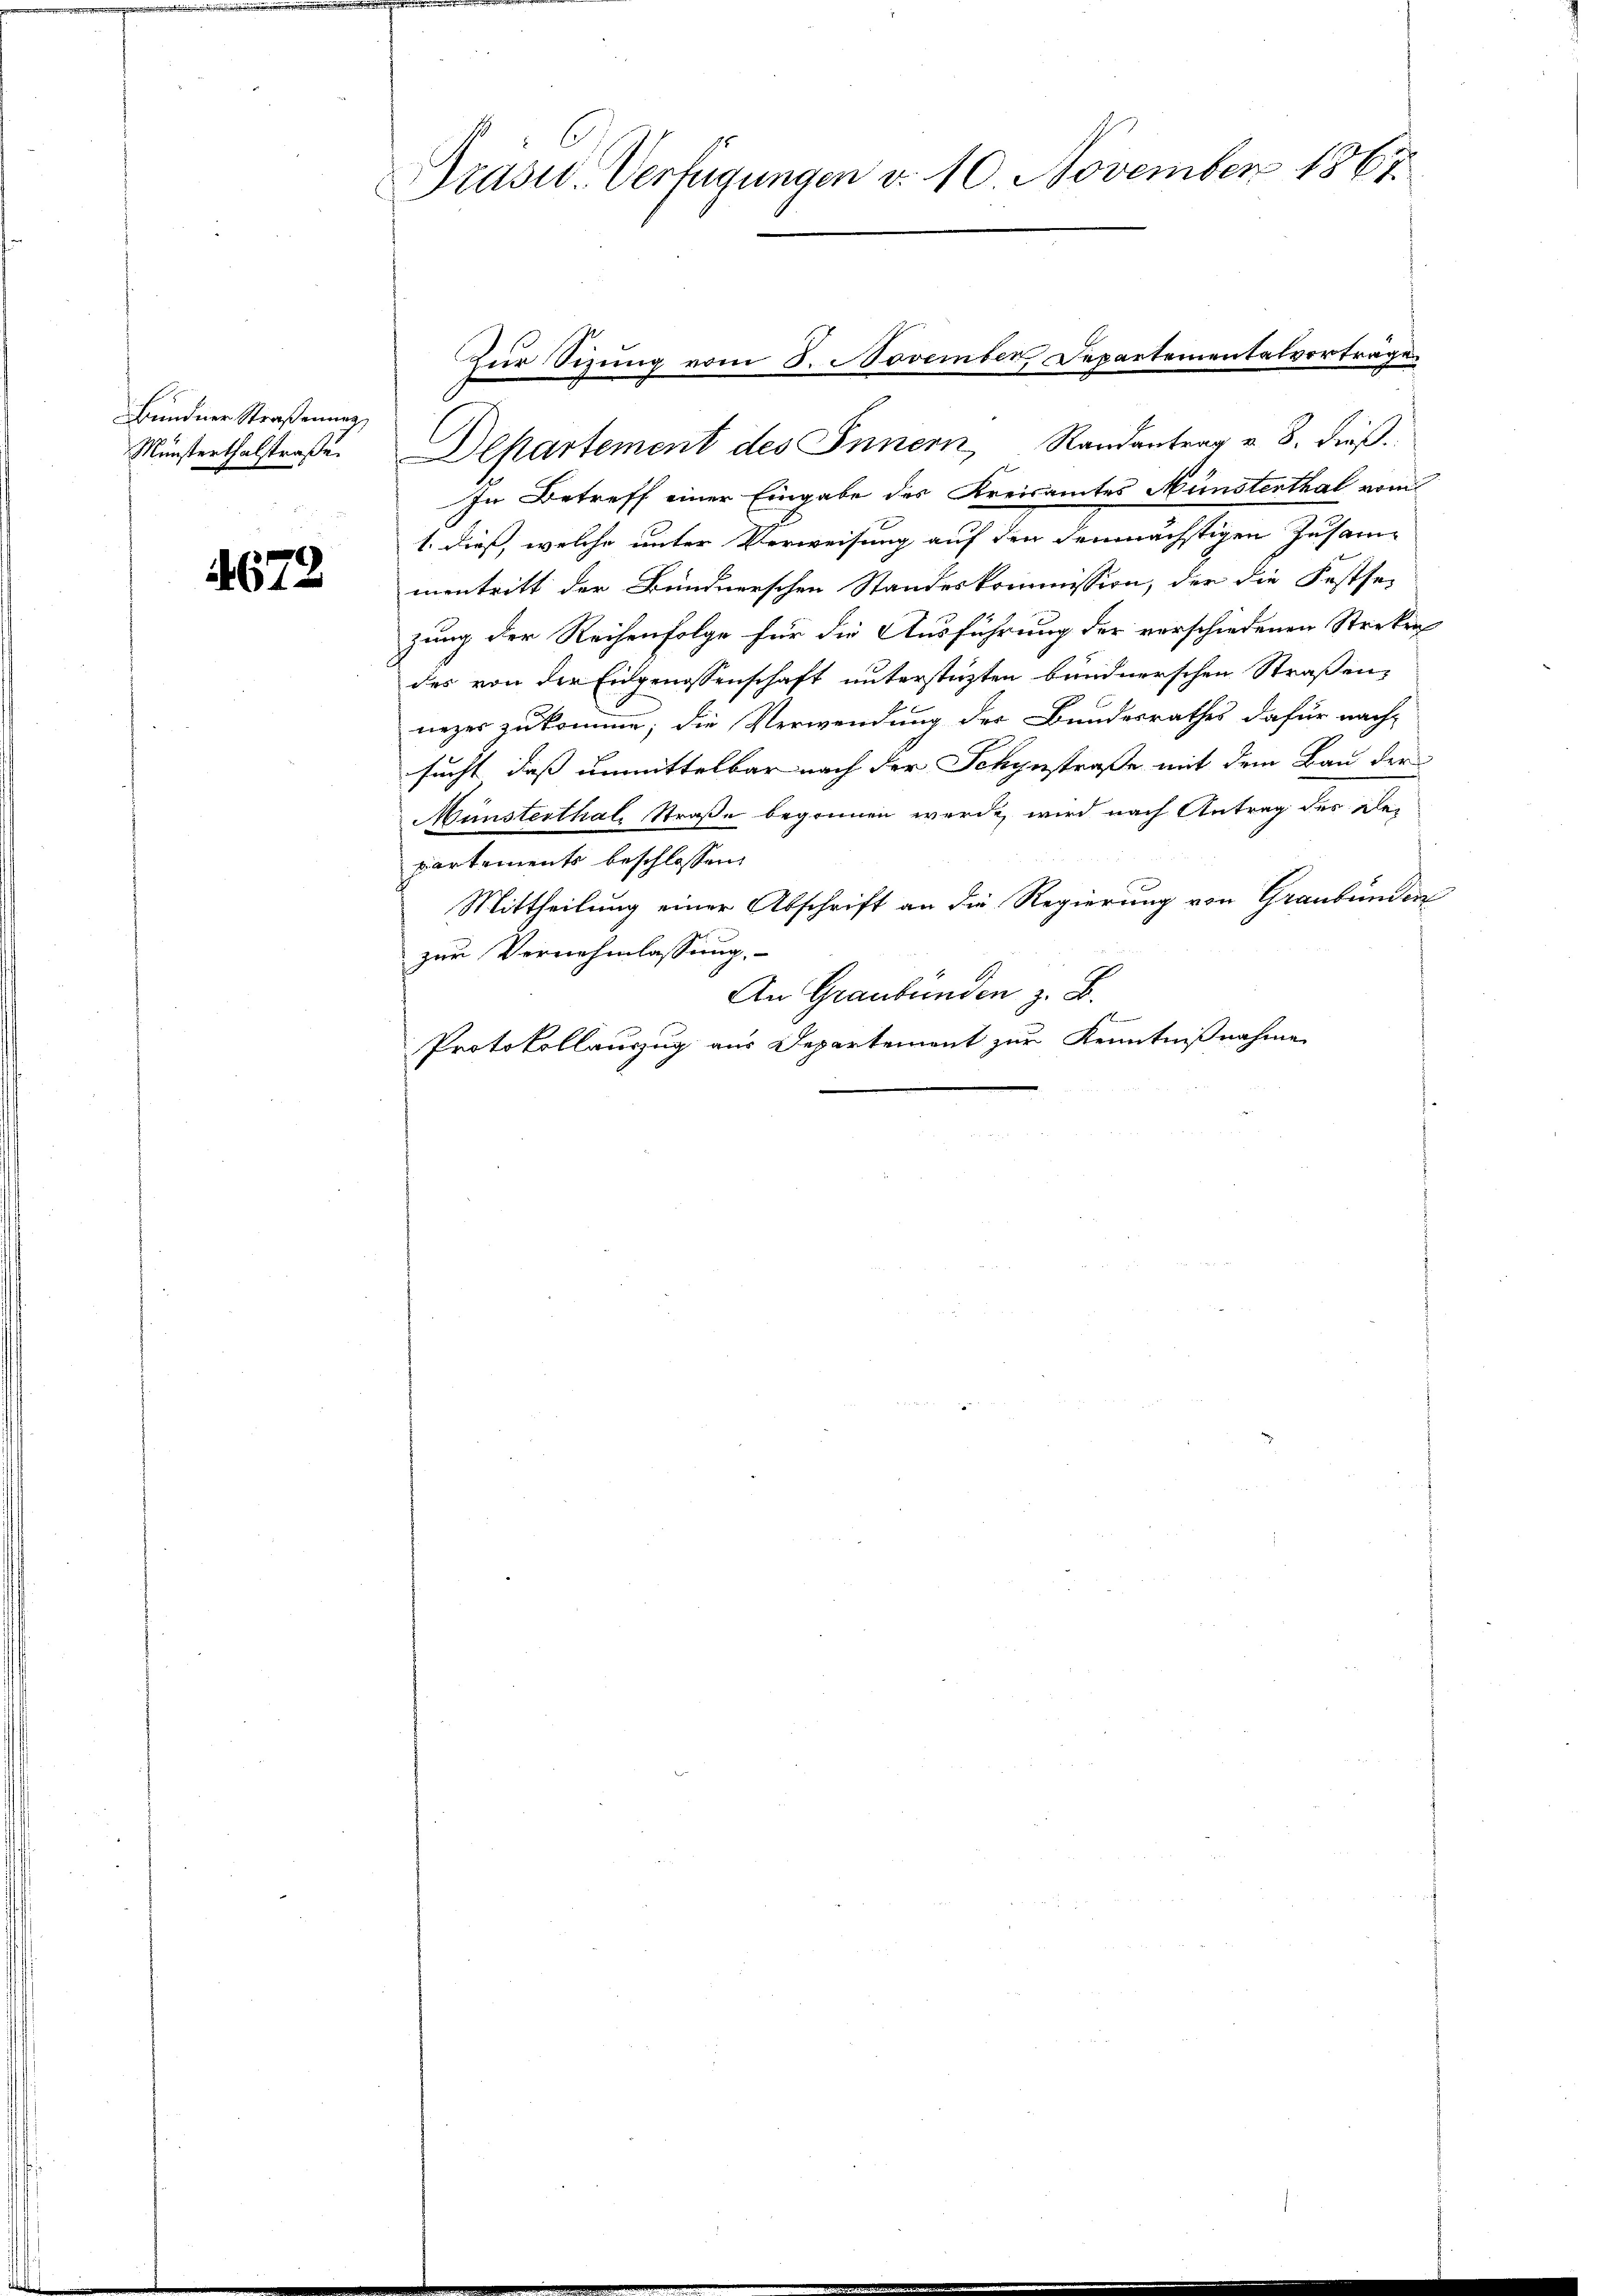
Bundner Straßenung,
Münsterthalstraße.

4672

Präsid. Verfügungen d. 10. November 1867.

Zur Sizung vom 8. November Departementalvorträge.
Departement des Innern, Randantrag v. 8. dieß.
In Betreff einer Eingabe des Kreisamtes Münsterthal vom
1. dieß, welche unter Verweisung auf den demnächstigen Zusammentritt der Bündnerschen Standeskommission, der die Festsezung der Reihenfolge für die Ausführung der verschiedenen Streken
des von der Eidgenossenschaft unterstüzten bündnerschen Straßennezes zukomme; die Verwendung der Bundesrathes dafür nach-
sucht, daß unmittelbar nach der Schynstraße mit dem Bau der
Münsterthal, Straße begonnen werde, wird nach Antrag der Departements beschlossen:
Mittheilung einer Abschrift an die Regierung von Graubünden
zur Vernehmlassung.
An Graubünden z. B.
Protokollauszug aus Departement zur Kenntnißnahme